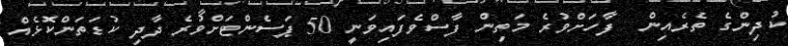
ކުދިންގެ ތެރެއިން  ފާހަށްވުރެ މަތިން ފާސްވެފައިވަނީ 50 ޕަސެންޓަށްވުރެ ދާދި ކުޑަތަންކޮޅެއް